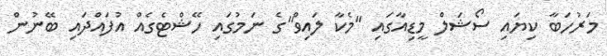
މަރުހަބާ ކިޔައި ސޯޝަލް މީޑިއާގައި "މެކާ ލައިވް"ގެ ނަމުގައި ހޭޝްޓެގެއް އުފައްދައި ބޭނުން